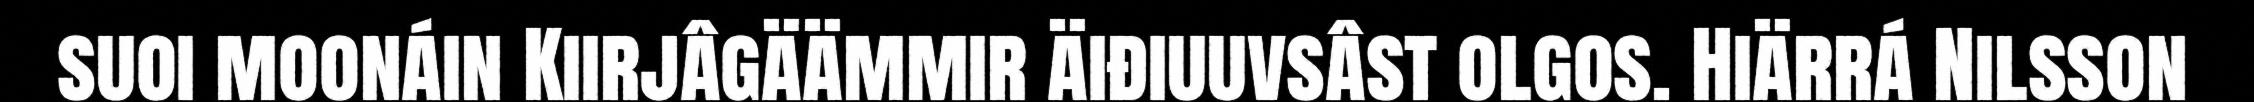
suoi moonáin Kiirjâgäämmir äiđiuuvsâst olgos. Hiärrá Nilsson